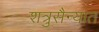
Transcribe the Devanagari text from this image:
शत्रुसैन्यात